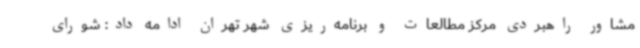
مشاور راهبردی مرکز مطالعات و برنامه‌ریزی شهر تهران ادامه داد: شورای